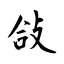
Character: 敆